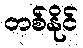
တစ်နိုင်